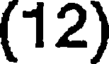
(12)